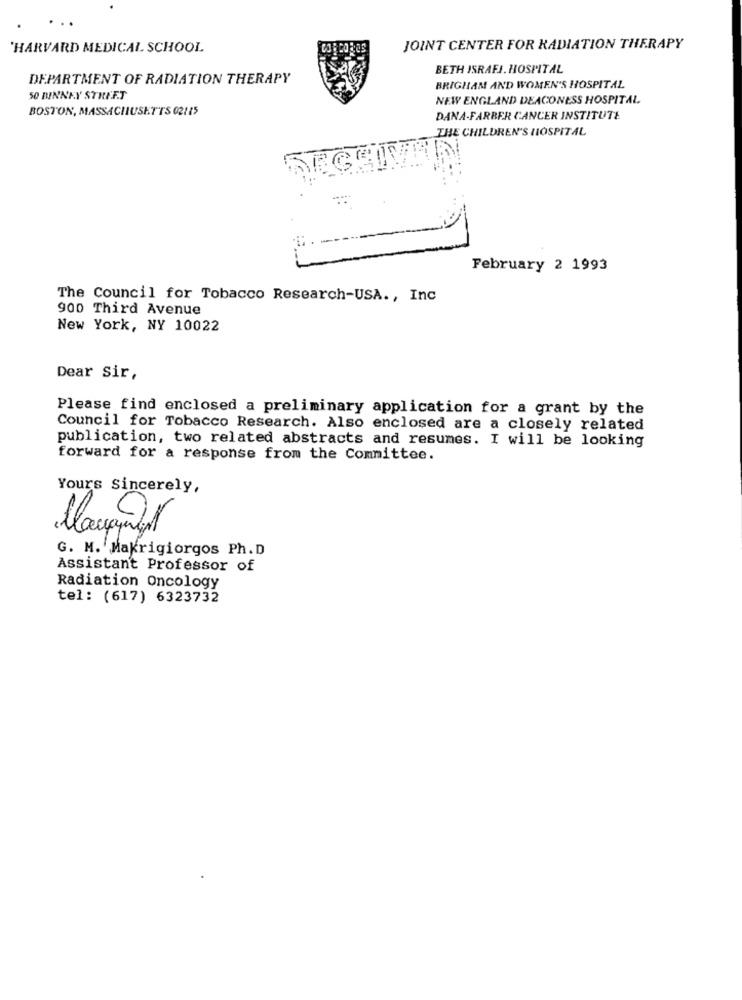
...
HARVARD MEDICAL SCHOOL
JOINT CENTER FOR RADIATION THERAPY
BETH ISRAFJ. HOSPITAL
DEPARTMENT OF RADIATION THERAPY
BRIGHAM AND WOMEN'S HOSPITAL
50 BINNEY STREET
NEW ENGLAND DEACONESS HOSPITAL.
BOSTON, MASSACHUSETTS 02125
DANA-FARBER CANCER INSTITUTE
THE CHILDREN'S HOSPITAL
February 2 1993
The Council for Tobacco Research-USA ., Inc
900 Third Avenue
New York, NY 10022
Dear Sir,
Please find enclosed a preliminary application for a grant by the
Council for Tobacco Research. Also enclosed are a closely related
publication, two related abstracts and resumes. I will be looking
forward for a response from the Committee.
Yours Sincerely,
G. M. Makrigiorgos Ph. D
Assistant Professor of
Radiation Oncology
tel: (617) 6323732